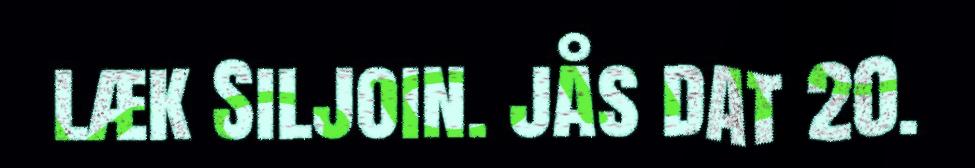
læk Siljoin. jås dat 20.